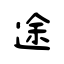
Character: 途